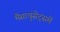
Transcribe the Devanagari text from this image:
मैसाचुसेट्समें